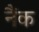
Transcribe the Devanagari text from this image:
नैंक